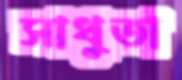
সাধুতা